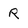
Character: R